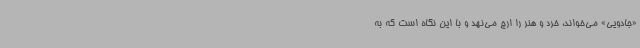
«جادویی» می‌خواند، خرد و هنر را ارج می‌نهد و با این نگاه است که به